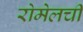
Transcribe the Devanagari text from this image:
रोमेलची